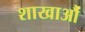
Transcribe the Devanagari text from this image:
शाखाऔं